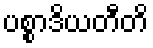
ပစ္စာဒိယတီတိ